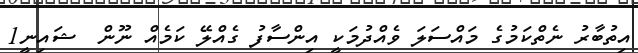
އިތުބާރު ނެތްކަމުގެ މައްސަލަ ވެއްދުމަކީ އިންސާފު ގެއްލޭ ކަމެއް ނޫން  ޝައިނީ1